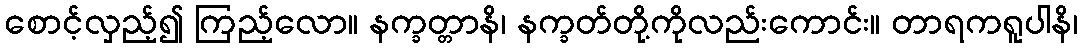
စောင့်လှည့်၍ ကြည့်လော။ နက္ခတ္တာနိ၊ နက္ခတ်တို့ကိုလည်းကောင်း။ တာရကရူပါနိ၊